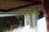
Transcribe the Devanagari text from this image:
परवनगी